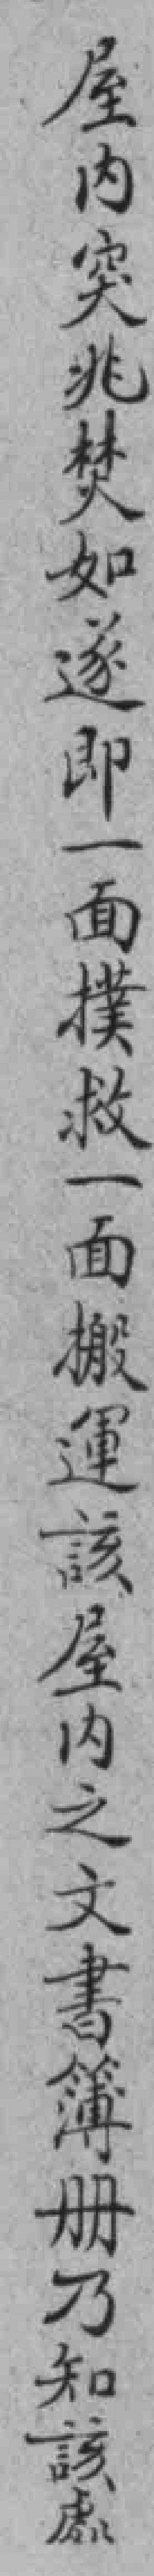
屋內突兆焚如遂即一面樸救一面搬運該屋內之文書簿册乃知該處